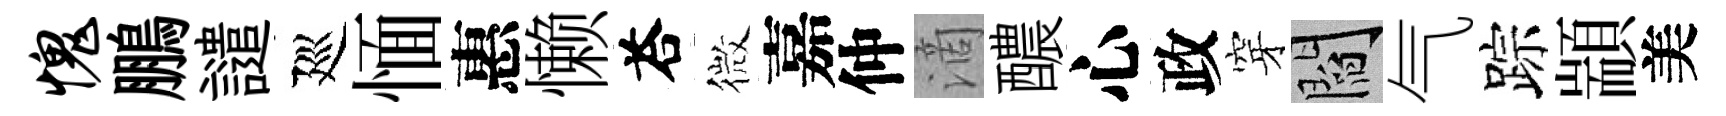
愧鵬譴廵愐惠懒荅微嘉仲滴醲心政穿閻气踪顓美